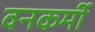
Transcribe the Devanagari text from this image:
वनकर्मी